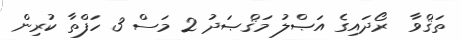
ތަޤްވާ  ރޯދައިގެ އަޞްލު މަޤްޞަދު 2 މަސް 3 ހަފްތާ ކުރިން